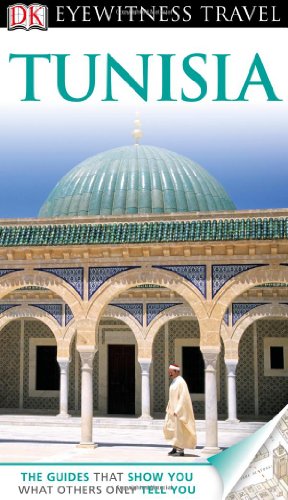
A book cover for DK Eyewitness Travel Guide: Tunisia; DK Publishing; Travel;